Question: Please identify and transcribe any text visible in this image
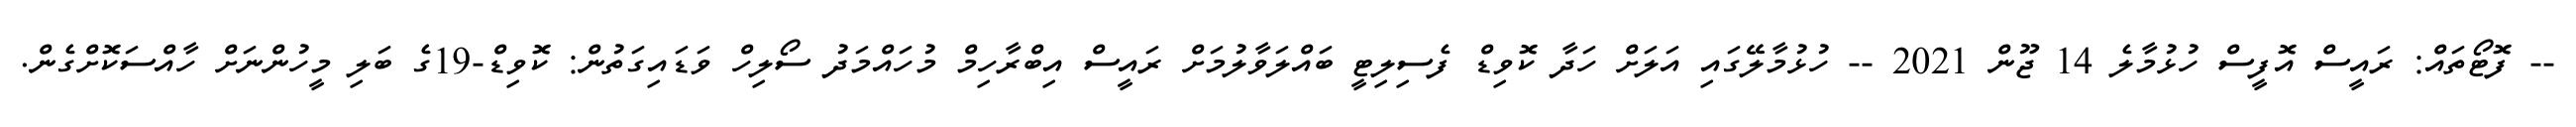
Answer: -- ފޮޓޯތައް: ރައީސް އޮފީސް ހުޅުމާލެ 14 ޖޫން 2021 -- ހުޅުމާލޭގައި އަލަށް ހަދާ ކޮވިޑް ފެސިލިޓީ ބައްލަވާލުމަށް ރައީސް އިބްރާހިމް މުހައްމަދު ސޯލިހް ވަޑައިގަތުން: ކޮވިޑް-19ގެ ބަލި މީހުންނަށް ހާއްސަކޮށްގެން.